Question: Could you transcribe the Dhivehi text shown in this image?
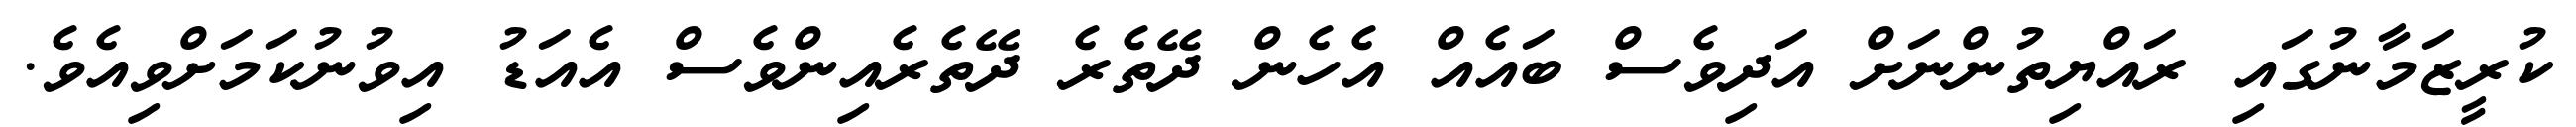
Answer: ކުރީޒަމާނުގައި ރައްޔިތުންނަށް އަދިވެސް ބައެއް އެހެން ދޭތެރެ ދޭތެރެއިންވެސް އެއަޑު އިވުނުކަމަށްވިއެވެ.